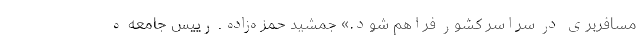
مسافربری در سراسر کشور فراهم شود.» جمشید حمزه‌زاده ـ رییس جامعه ه